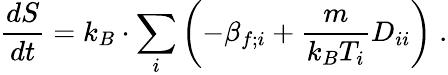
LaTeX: \frac{dS}{dt}=k_{B}\cdot\sum_{i}\left(-\beta_{f;i}+\frac{m}{k_{B}T_{i}}D_{ii}\right)\; .